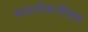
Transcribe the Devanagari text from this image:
भवत्येकनीडम